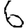
Digit: 6